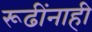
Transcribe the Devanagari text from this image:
रूढींनाही